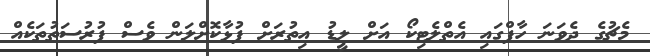
މެޗުގެ ދެވަނަ ހާފްގައި އެތްލެޓިކޯ އަށް ލީޑު އިތުރަށް ފުޅާކޮށްލަން ވެސް ފުރުސަތުތަކެއް